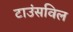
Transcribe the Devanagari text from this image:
टाउंसविल